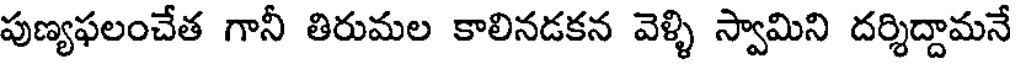
పుణ్యఫలంచేత గానీ తిరుమల కాలినడకన వెళ్ళి స్వామిని దర్శిద్దామనే